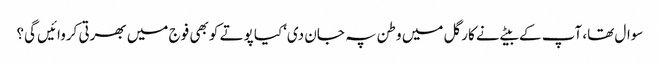
سوال تھا، آپ کے بیٹے نے کارگل میں وطن پہ جان دی‘کیا پوتے کو بھی فوج میں بھرتی کروائیں گی؟